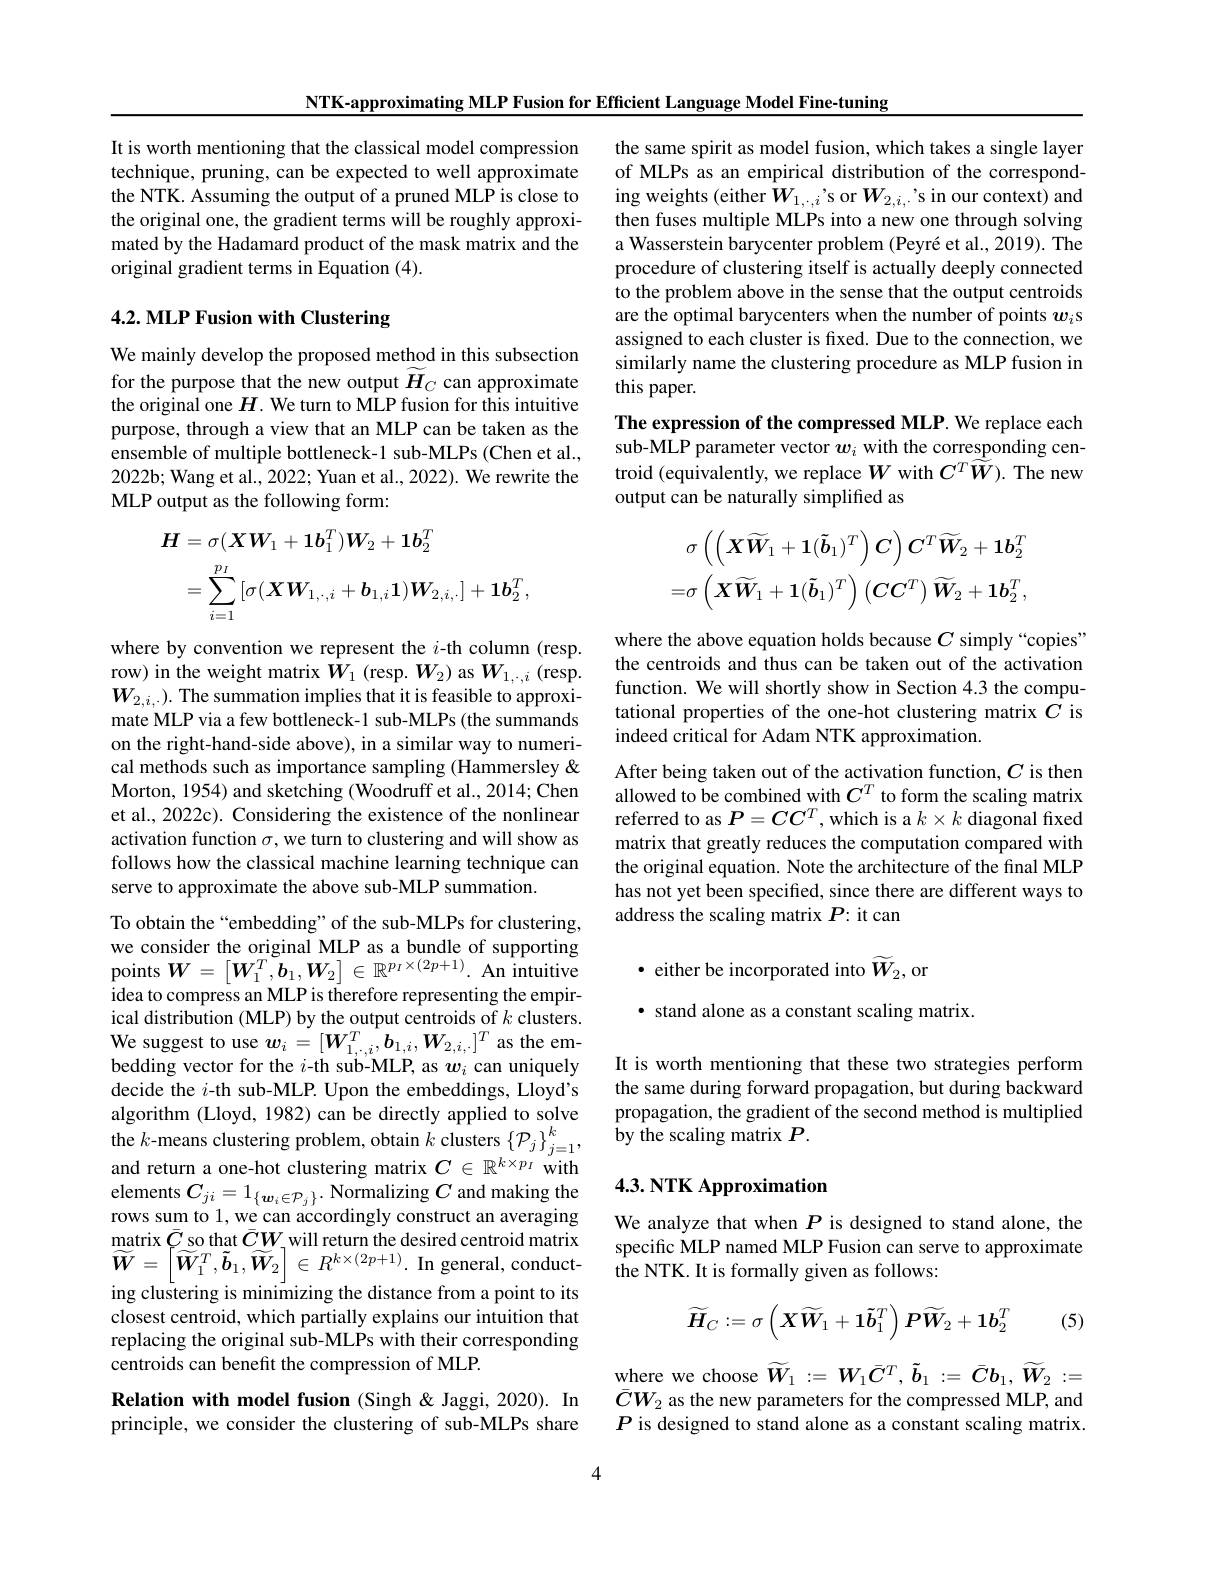
NTK-approximating MLP Fusion for Efficient Language Model Fine-tuning

It is worth mentioning that the classical model compression technique, pruning, can be expected to well approximate the NTK. Assuming the output of a pruned MLP is close to the original one, the gradient terms will be roughly approximated by the Hadamard product of the mask matrix and the original gradient terms in Equation (4).

# 4.2. MLP Fusion with Clustering

We mainly develop the proposed method in this subsection for the purpose that the new output $\widetilde{H}_C$ can approximate the original one $H$. We turn to MLP fusion for this intuitive purpose, through a view that an MLP can be taken as the ensemble of multiple bottleneck-1 sub-MLPs (Chen et al., 2022b; Wang et al., 2022; Yuan et al., 2022). We rewrite the MLP output as the following form:
$$\begin{aligned}\text{H}&=\sigma(\boldsymbol{X}\boldsymbol{W}_{1}+\boldsymbol{1}\boldsymbol{b}_{1}^{T})\boldsymbol{W}_{2}+\boldsymbol{1}\boldsymbol{b}_{2}^{T}\\&&\sigma\left(\left(\boldsymbol{X}\widetilde{\boldsymbol{W}}_{1}+\boldsymbol{1}(\tilde{\boldsymbol{b}}_{1})^{T}\right)\boldsymbol{C}\right)\boldsymbol{C}^{T}\widetilde{\boldsymbol{W}}_{2}+\boldsymbol{1}\boldsymbol{b}_{2}^{T}\\&=\sum_{i=1}^{p_{I}}\left[\sigma(\boldsymbol{X}\boldsymbol{W}_{1,\cdot,i}+\boldsymbol{b}_{1,i}\boldsymbol{1})\boldsymbol{W}_{2,i,\cdot}\right]+\boldsymbol{1}\boldsymbol{b}_{2}^{T},&=\sigma\left(\boldsymbol{X}\widetilde{\boldsymbol{W}}_{1}+\boldsymbol{1}(\tilde{\boldsymbol{b}}_{1})^{T}\right)\left(\boldsymbol{C}\boldsymbol{C}^{T}\right)\widetilde{\boldsymbol{W}}_{2}+\boldsymbol{1}\boldsymbol{b}_{2}^{T},\\\end{aligned}$$
where by convention we represent the $i$-th column (resp. row) in the weight matrix $\hat{W}_1$ (resp. $W_2)$ as $W_1,\cdot,i$ (resp. $W_{2,i,\cdot}).$ The summation implies that it is feasible to approximate MLP via a few bottleneck-1 sub-MLPs (the summands on the right-hand-side above), in a similar way to numerical methods such as importance sampling (Hammersley & Morton, 1954) and sketching (Woodruff et al., 2014; Chen et al., 2022c). Considering the existence of the nonlinear activation function $\sigma$, we turn to clustering and will show as follows how the classical machine learning technique can serve to approximate the above sub-MLP summation.

To obtain the“embedding” of the sub-MLPs for clustering, we consider the original MLP as a bundle of supporting points $\boldsymbol{W}=\begin{bmatrix}\boldsymbol{W}_{1}^{T},\boldsymbol{b}_{1},\boldsymbol{W}_{2}\end{bmatrix}\in\mathbb{R}^{p_{I}\times(2p+1)}.$ An intuitive idea to compress an MLP is therefore representing the empirical distribution (MLP) by the output centroids of $k$ clusters. We suggest to use $w_i=[W_{1,\cdot,i}^T,b_{1,i},W_{2,i,\cdot}]^T$ as the embedding vector for the $i$-th sub-MLP, as $w_i$ can uniquely decide the $i$-th sub-MLP. Upon the embeddings, Lloyd's algorithm (Lloyd, 1982) can be directly applied to solve the $k$-means clustering problem, obtain $k$ clusters $\{\mathcal{P}_j\}_j=1^k$, and return a one-hot clustering matrix $C\in\mathbb{R}^{k\times p_I}$ with elements $C_{ji}=1_{\{\boldsymbol{w}_i\in\mathcal{P}_j\}}.$ Normalizing $C$ and making the rows sum to 1, we can accordingly construct an averaging $\operatorname*{matrix}\bar{C}$ so that $\bar{C}W_{1}$will return the desired centroid matrix ${\widetilde{W}}=\left[\widetilde{W}_{1}^{T},\tilde{b}_{1},\widetilde{W}_{2}\right]\in R^{k\times(2p+1)}.{\mathbf Ingeneral,conduct-}$ ing clustering is minimizing the distance from a point to its closest centroid, which partially explains our intuition that replacing the original sub-MLPs with their corresponding centroids can benefit the compression of MLP.
Relation with model fusion (Singh&Jaggi,2020). In

principle, we consider the clustering of sub-MLPs share

4

the same spirit as model fusion, which takes a single layer of MLPs as an empirical distribution of the corresponding weights (either $W_{1,\cdot,i}$'s or $W_{2,i,\cdot}$'s in our context) and then fuses multiple MLPs into a new one through solving a Wasserstein barycenter problem (Peyré et al., 2019). The procedure of clustering itself is actually deeply connected to the problem above in the sense that the output centroids are the optimal barycenters when the number of points $w_i$s assigned to each cluster is fxed. Due to the connection, we similarly name the clustering procedure as MLP fusion in this paper.
The expression of the compressed MLP. We replace each sub-MLP parameter vector $w_i$ with the corresponding centroid (equivalently, we replace $W$ with $C^T\tilde{\widetilde{W}}).$ The new output can be naturally simplified as

where the above equation holds because $C$ simply “copies” the centroids and thus can be taken out of the activation function. We will shortly show in Section 4.3 the computational properties of the one-hot clustering matrix $C$ is indeed critical for Adam NTK approximation.
After being taken out of the activation function, $C$ is then allowed to be combined with $C^T$ to form the scaling matrix referred to as $P=CC^T$, which is a $k\times k$ diagonal fixed matrix that greatly reduces the computation compared with the original equation. Note the architecture of the final MLP has not yet been specified, since there are different ways to address the scaling matrix $P{:}$ it can

· either be incorporated into $\widetilde{W}_{2}$,or
· stand alone as a constant scaling matrix.

It is worth mentioning that these two strategies perform the same during forward propagation, but during backward propagation, the gradient of the second method is multiplied by the scaling matrix $P.$

## 4.3. NTK Approximation

We analyze that when $P$ is designed to stand alone, the specific MLP named MLP Fusion can serve to approximate the NTK. It is formally given as follows:

(5)
$$\widetilde{H}_C:=\sigma\left(\boldsymbol{X}\widetilde{\boldsymbol{W}}_1+\boldsymbol{1}\tilde{\boldsymbol{b}}_1^T\right)\boldsymbol{P}\widetilde{\boldsymbol{W}}_2+\boldsymbol{1}\boldsymbol{b}_2^T$$
where we choose $\widetilde{W}_1:=W_1\bar{C}^T,\tilde{b}_1:=\bar{C}b_1,\widetilde{W}_2:=$ $\bar{C}W_{2}$ as the new parameters for the compressed MLP, and $P$ is designed to stand alone as a constant scaling matrix